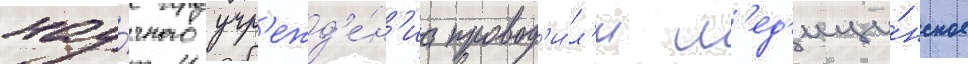
нау́чного учр'ежд'е́н'иа провод'и́л'и м'ед'ици́нское